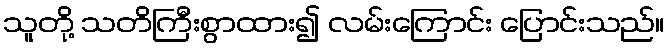
သူတို့ သတိကြီးစွာထား၍ လမ်းကြောင်း ပြောင်းသည်။